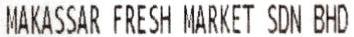
MAKASSAR FRESH MARKET SDN BHD